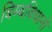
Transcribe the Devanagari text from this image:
बिम्बविधानों